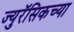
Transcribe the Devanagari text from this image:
ज्युरॅसिकच्या